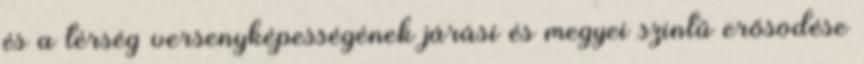
és a térség versenyképességének járási és megyei szintű erősödése